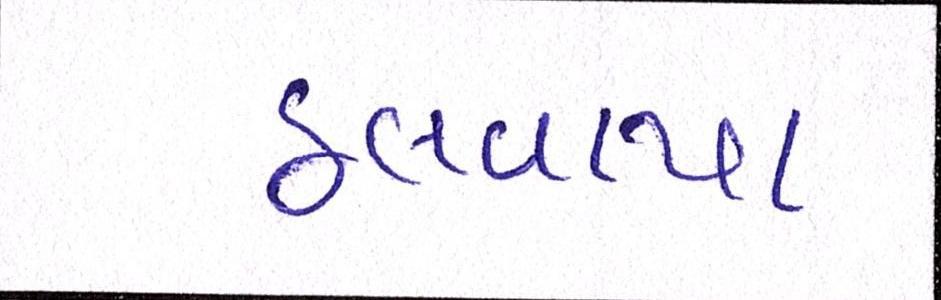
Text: ઠલવાયા